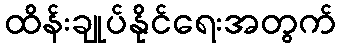
ထိန်းချုပ်နိုင်ရေးအတွက်